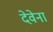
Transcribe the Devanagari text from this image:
देवेना